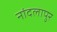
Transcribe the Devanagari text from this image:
नांदलापुर